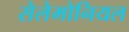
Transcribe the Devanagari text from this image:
सेलेमोनियल